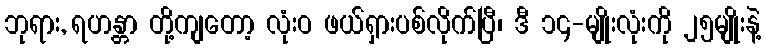
ဘုရား, ရဟန္တာ တို့ကျတော့ လုံးဝ ဖယ်ရှားပစ်လိုက်ပြီ၊ ဒီ ၁၄-မျိုးလုံးကို ၂၅မျိုးနဲ့